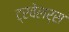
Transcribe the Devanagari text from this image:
ट्रवेलर्स